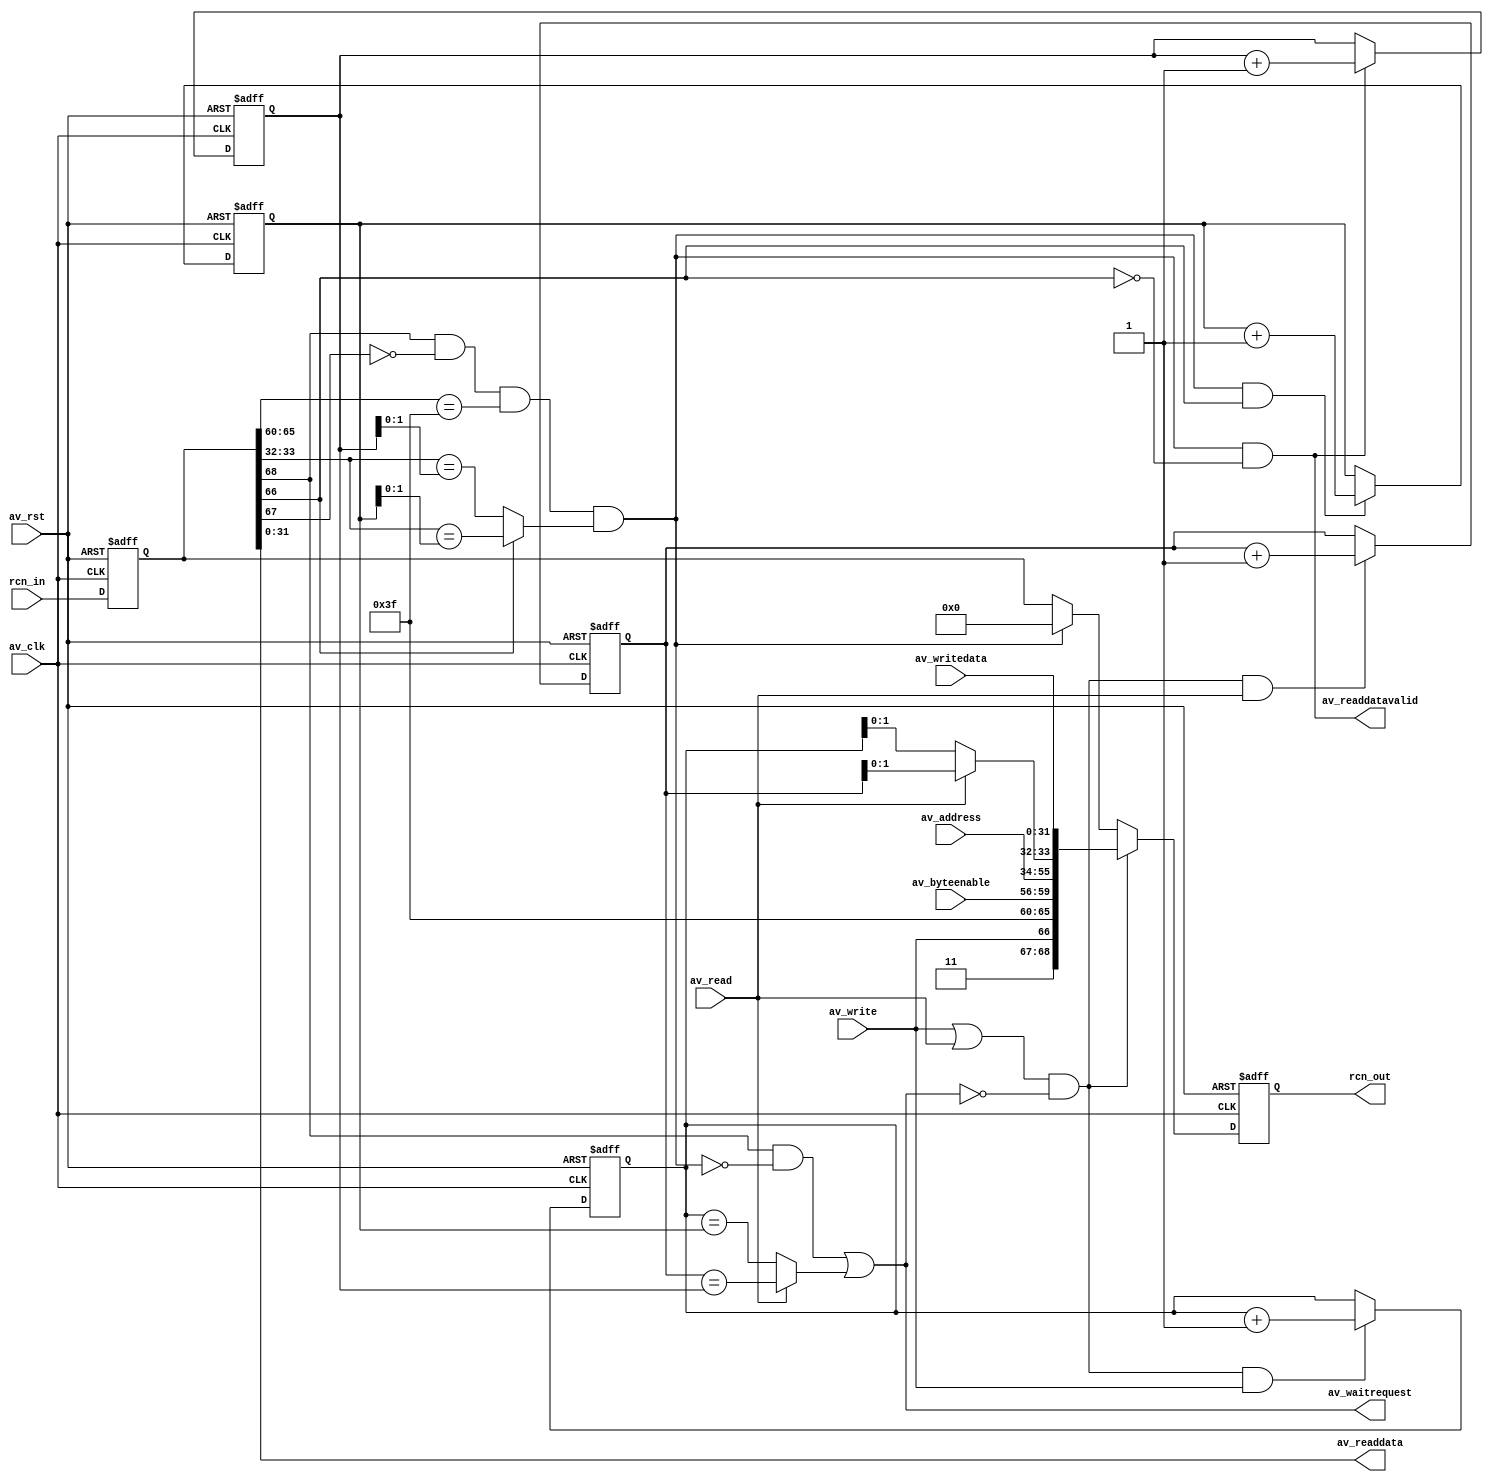
module avalon2rcn
(
    input av_clk,
    input av_rst,

    output av_waitrequest,
    input [21:0] av_address,
    input av_write,
    input av_read,
    input [3:0] av_byteenable, 
    input [31:0] av_writedata,
    output [31:0] av_readdata,
    output av_readdatavalid,

    input [68:0] rcn_in,
    output [68:0] rcn_out
);
    parameter MASTER_ID = 6'h3F;

    reg [68:0] rin;
    reg [68:0] rout;
    reg [2:0] next_rd_id;
    reg [2:0] wait_rd_id;
    reg [2:0] next_wr_id;
    reg [2:0] wait_wr_id;

    assign rcn_out = rout;

    wire [5:0] my_id = MASTER_ID;

    wire my_resp = rin[68] && !rin[67] && (rin[65:60] == my_id) && 
                   ((rin[66]) ? (rin[33:32] == wait_wr_id[1:0]) : (rin[33:32] == wait_rd_id[1:0]));

    wire bus_stall = (rin[68] && !my_resp) || ((av_read) ? (next_rd_id == wait_rd_id) : (next_wr_id == wait_wr_id));
    assign av_waitrequest = bus_stall;

    wire req_valid;
    wire [68:0] req;

    always @ (posedge av_clk or posedge av_rst)
        if (av_rst)
        begin
            rin <= 69'd0;
            rout <= 69'd0;
            next_rd_id <= 3'b000;
            wait_rd_id <= 3'b100;
            next_wr_id <= 3'b000;
            wait_wr_id <= 3'b100;
        end
        else
        begin
            rin <= rcn_in;
            rout <= (req_valid) ? req : (my_resp) ? 69'd0 : rin;
            next_rd_id <= (req_valid && av_read) ? next_rd_id + 3'd1 : next_rd_id;
            wait_rd_id <= (my_resp && !rin[66]) ? wait_rd_id + 3'd1 : wait_rd_id;
            next_wr_id <= (req_valid && av_write) ? next_wr_id + 3'd1 : next_wr_id;
            wait_wr_id <= (my_resp && rin[66]) ? wait_wr_id + 3'd1 : wait_wr_id;
        end

    assign req_valid = (av_write || av_read) && !bus_stall;

    wire [1:0] seq = (av_read) ? next_rd_id[1:0] : next_wr_id[1:0];
    assign req = {1'b1, 1'b1, av_write, my_id, av_byteenable, av_address[21:0], seq, av_writedata};

    assign av_readdatavalid = my_resp && !rin[66];
    assign av_readdata = rin[31:0];

endmodule